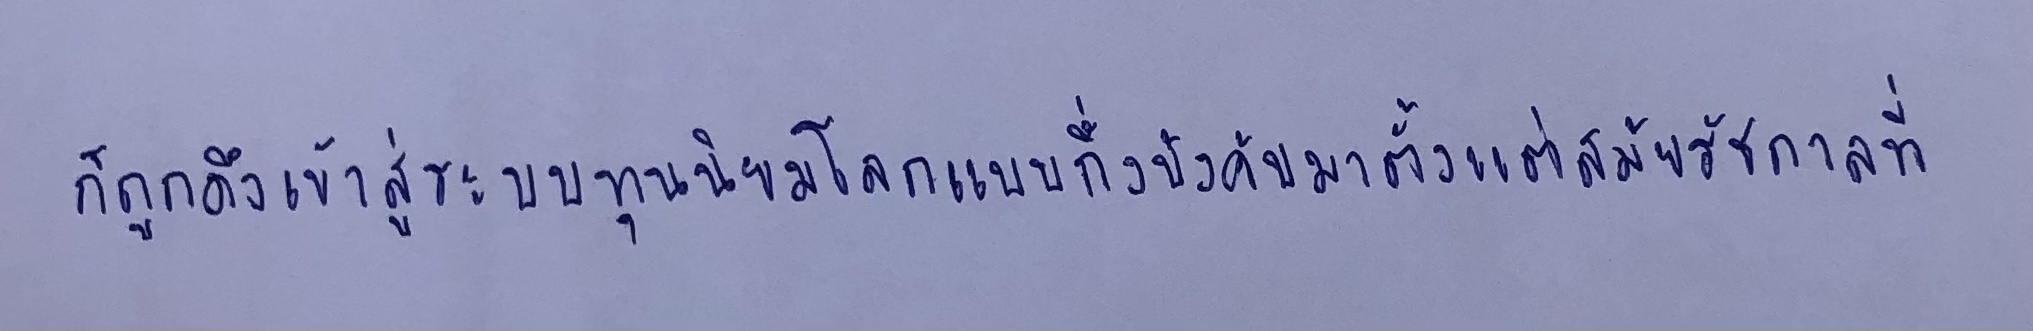
ก็ถูกดึงเข้าสู่ระบบทุนนิยมโลกแบบกึ่งบังคับมาตั้งแต่สมัยรัชกาลที่